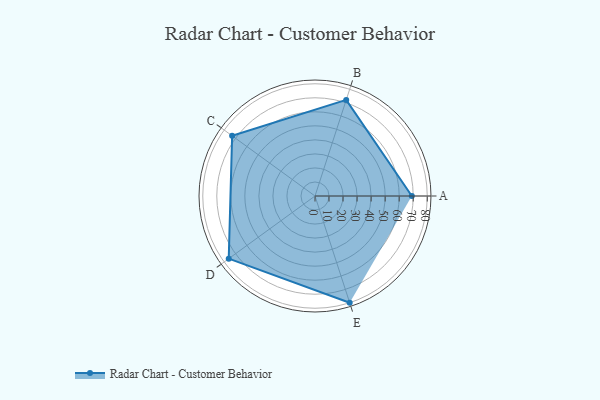
{"axis": {"x": "Skill", "y": "Score"}, "legend": ["Profile"], "data": [{"x": "A", "y": 69.0, "type": "Profile"}, {"x": "B", "y": 72.0, "type": "Profile"}, {"x": "C", "y": 73.0, "type": "Profile"}, {"x": "D", "y": 76.0, "type": "Profile"}, {"x": "E", "y": 80.0, "type": "Profile"}]}